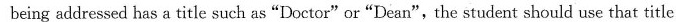
being addressed has a title such as "Doctor"or"Dean",the student should use that title